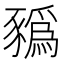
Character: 𧲄